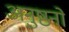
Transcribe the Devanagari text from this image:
अनुष्ठनों